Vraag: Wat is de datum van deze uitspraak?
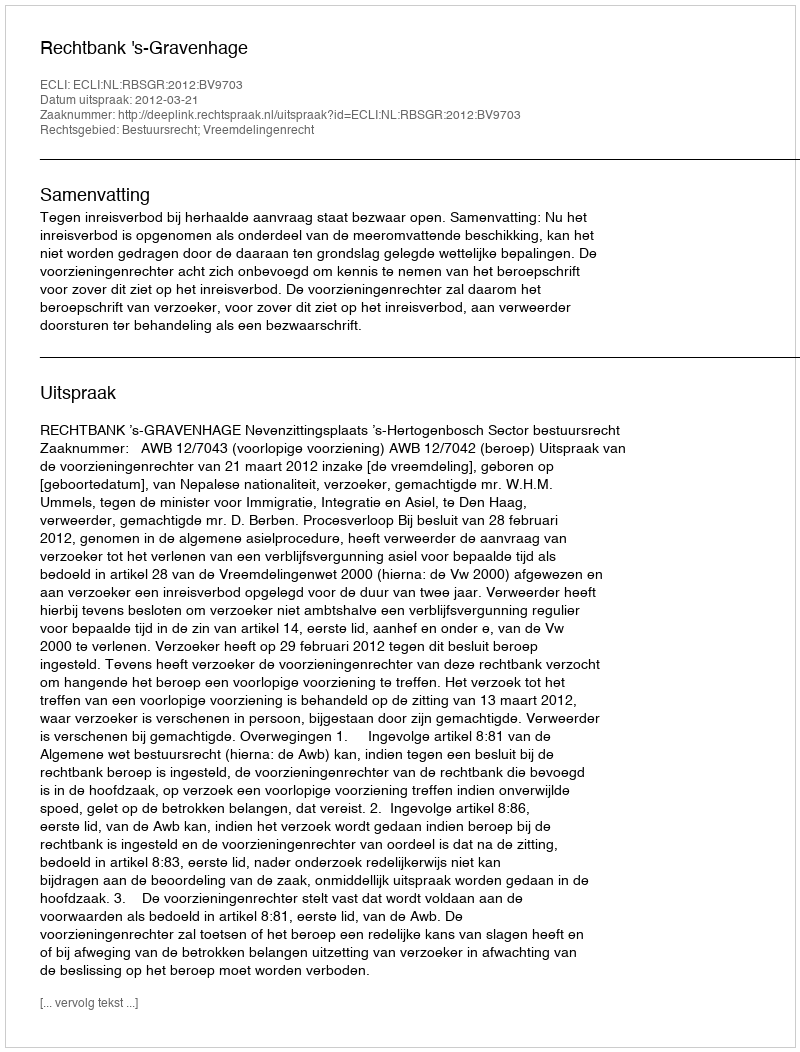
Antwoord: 2012-03-21